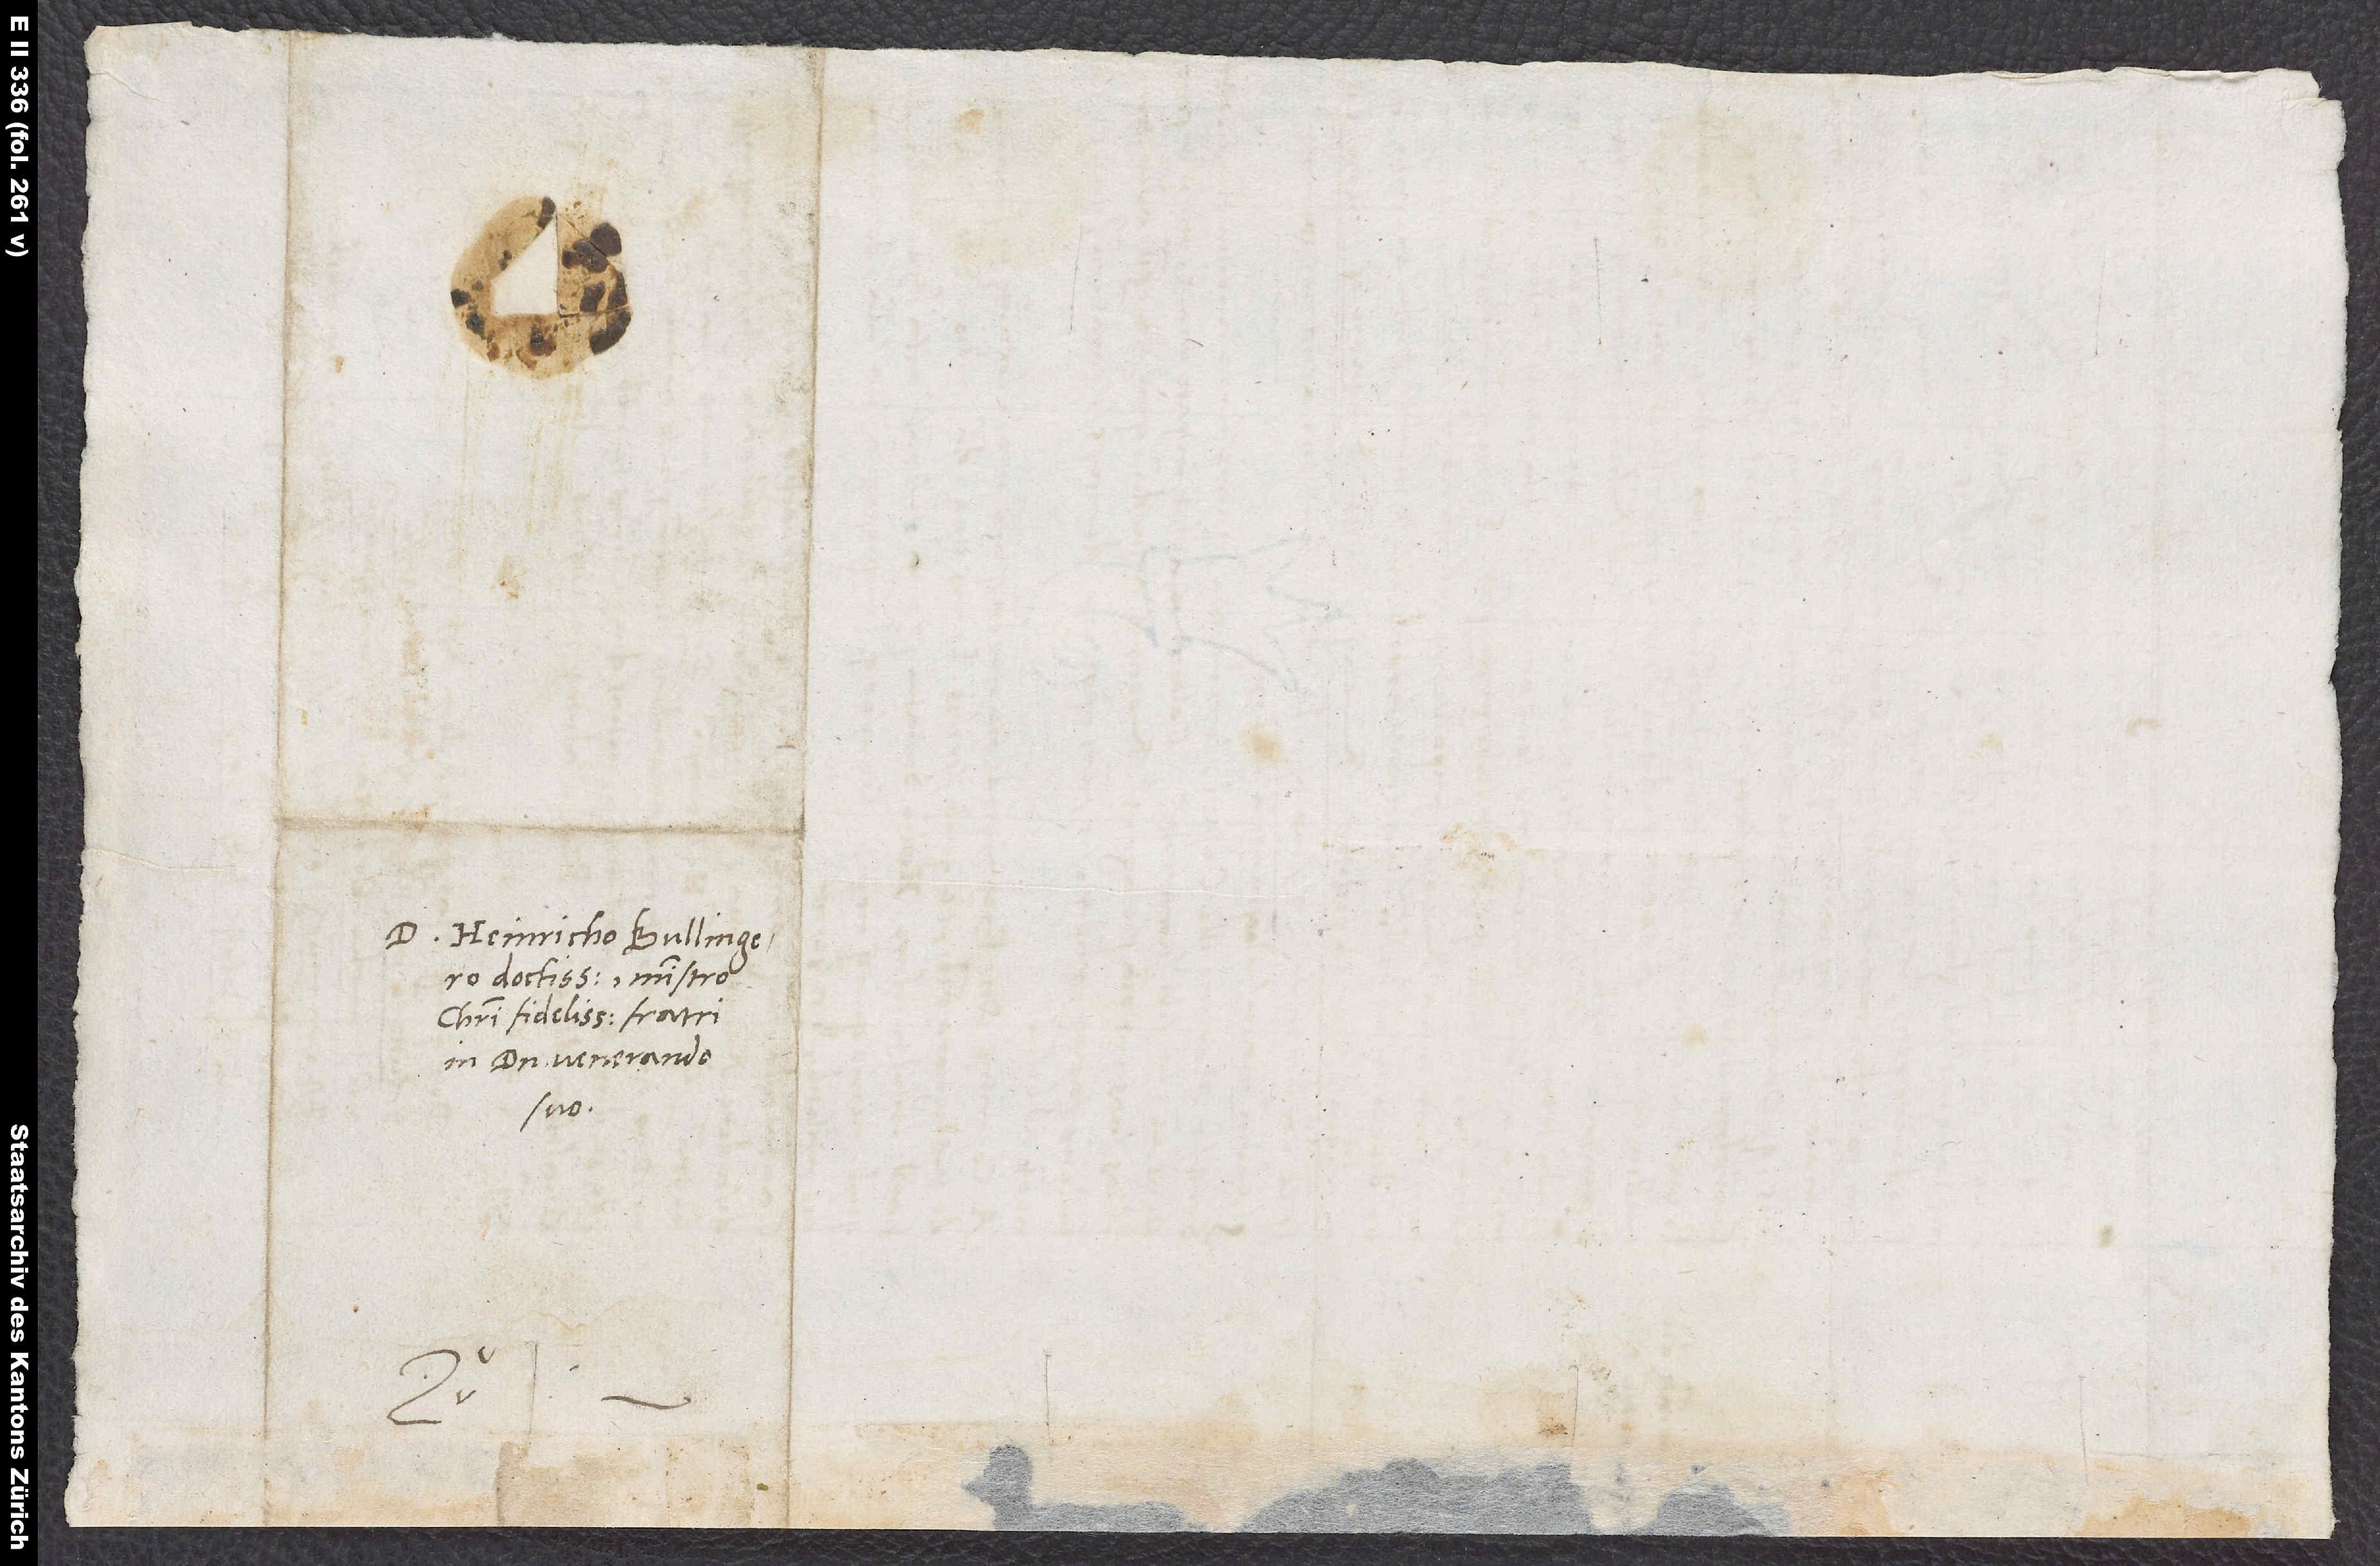
D. Heinricho Bullingero
doctissimo, ministro
Christi fidelissimo, fratri
in domino venerando
suo.